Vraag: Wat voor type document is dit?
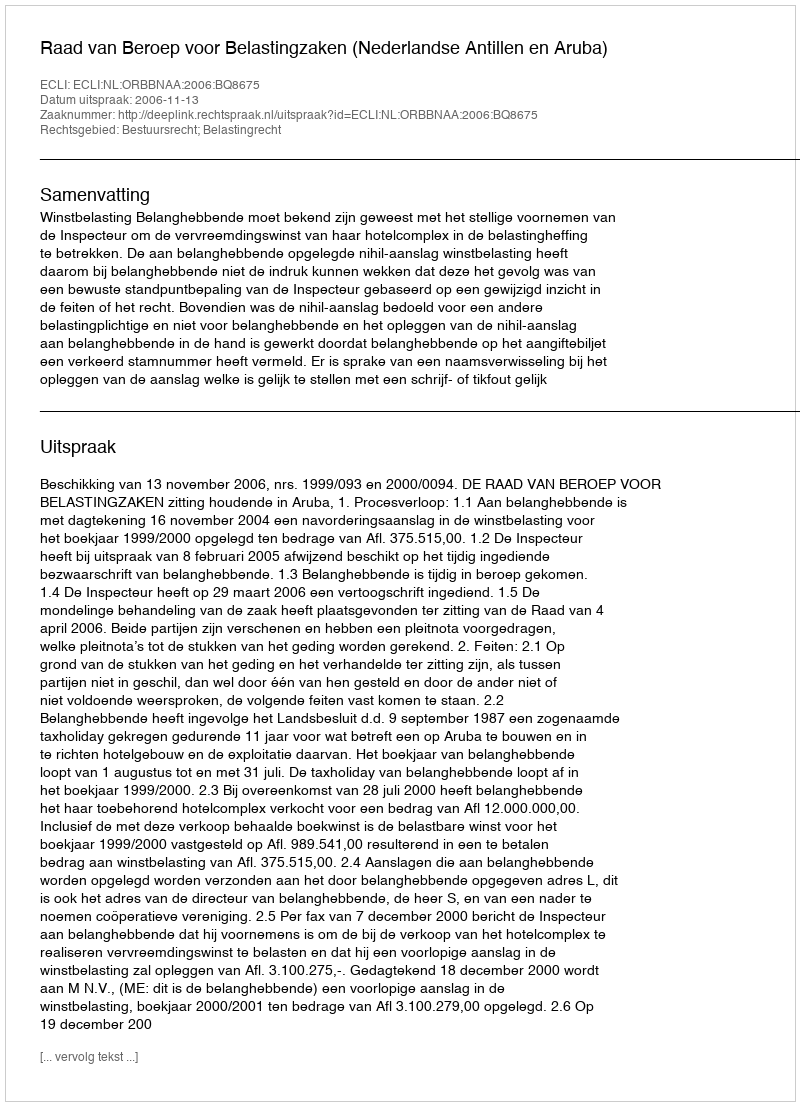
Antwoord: Uitspraak